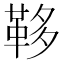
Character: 𩊥